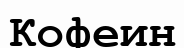
Кофеин